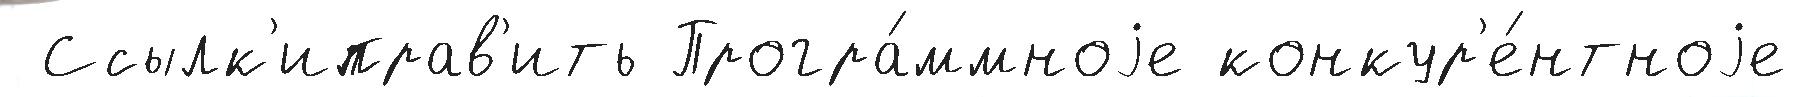
 Ссылк'иправ'ить Програ́ммноjе конкур'е́нтноjе